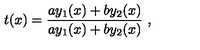
t ( x ) = \frac { a y _ { 1 } ( x ) + b y _ { 2 } ( x ) } { a y _ { 1 } ( x ) + b y _ { 2 } ( x ) } \ ,